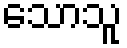
သောသူ